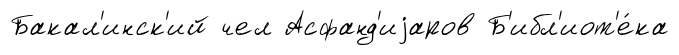
Бакал'инск'ий чел Асфанд'иjаров Б'ибл'иот'е́ка